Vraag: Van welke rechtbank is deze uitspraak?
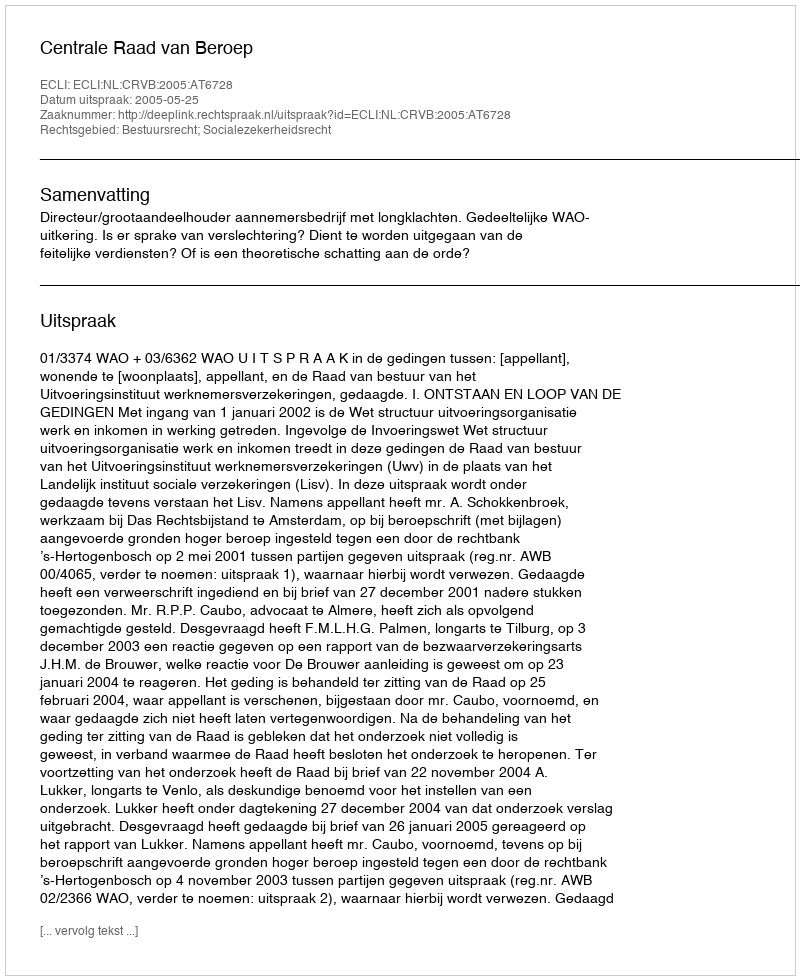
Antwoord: Centrale Raad van Beroep